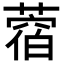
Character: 𦼑